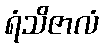
ရံသိဇာလံ